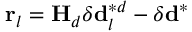
\mathbf { r } _ { l } = \mathbf { H } _ { d } \delta \mathbf { d } _ { l } ^ { * d } - \delta \mathbf { d } ^ { * }